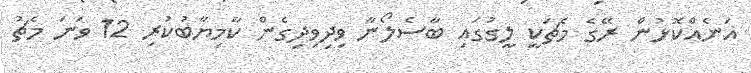
އަނެއްކޮޅުން ރޭގެ މެޗަކީ ލީގުގައި ބާސެލޯނާ ވިދިވިދިގެން ކާމިޔާބުކުރި 12 ވަނަ މެޗު